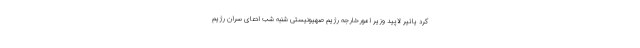
کرد یائیر لاپید وزیر امورخارجه رژیم صهیونیستی شنبه شب ادعای سران رژیم